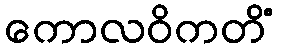
ကောလဝိကတိံ